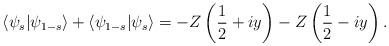
LaTeX: \begin{align*}\langle\psi_s\vert\psi_{1-s}\rangle+\langle\psi_{1-s}\vert\psi_s\rangle=-Z\left(\frac{1}{2} + iy\right)-Z\left(\frac{1}{2}- iy\right).\end{align*}